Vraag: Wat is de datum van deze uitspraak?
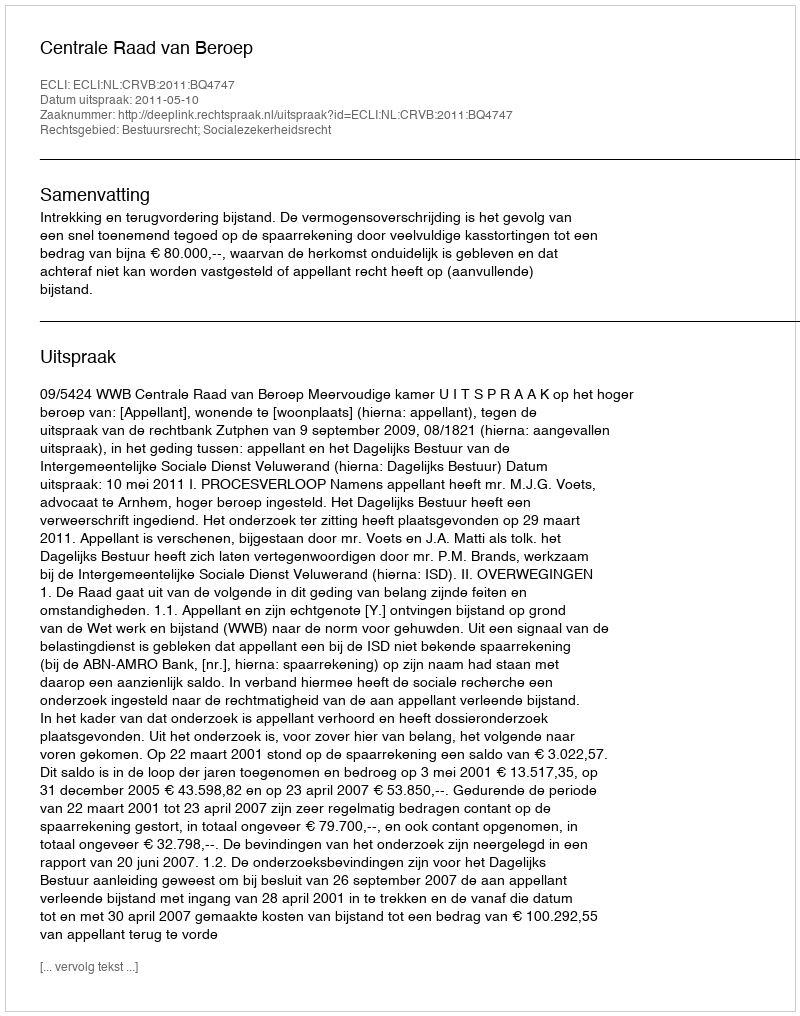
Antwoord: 2011-05-10